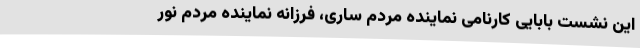
این نشست بابایی کارنامی نماینده مردم ساری، فرزانه نماینده مردم نور